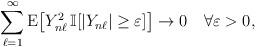
LaTeX: \begin{align*}\sum_{\ell=1}^\infty {\rm E}\big[Y_{n\ell}^2\,\mathbb{I}[|Y_{n\ell}|\geq\varepsilon]\big]\rightarrow0 \quad\forall\varepsilon>0,\end{align*}